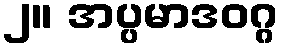
၂။ အပ္ပမာဒဝဂ္ဂ